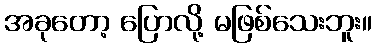
အခုတော့ ပြောလို့ မဖြစ်သေးဘူး။